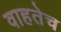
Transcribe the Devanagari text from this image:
वाहतेच